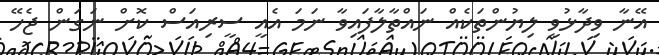
އޭނާ ވިދާޅުވީ ލިޔުންތަކެއް ނައްތާލާފައިވާ ނަމަ އެއީ ސީރިއަސް ކޮށް ނަގަން ޖެހޭ